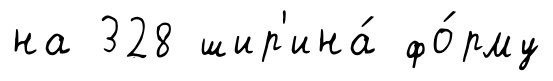
на 328 шир'ина́ фо́рму